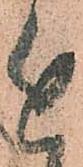
近